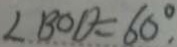
\angle B O D = 6 0 ^ { \circ } .